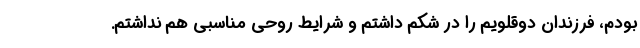
بودم، فرزندان دوقلویم را در شکم داشتم و شرایط روحی مناسبی هم نداشتم.